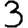
Digit: 3